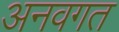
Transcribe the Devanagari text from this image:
अनवगत